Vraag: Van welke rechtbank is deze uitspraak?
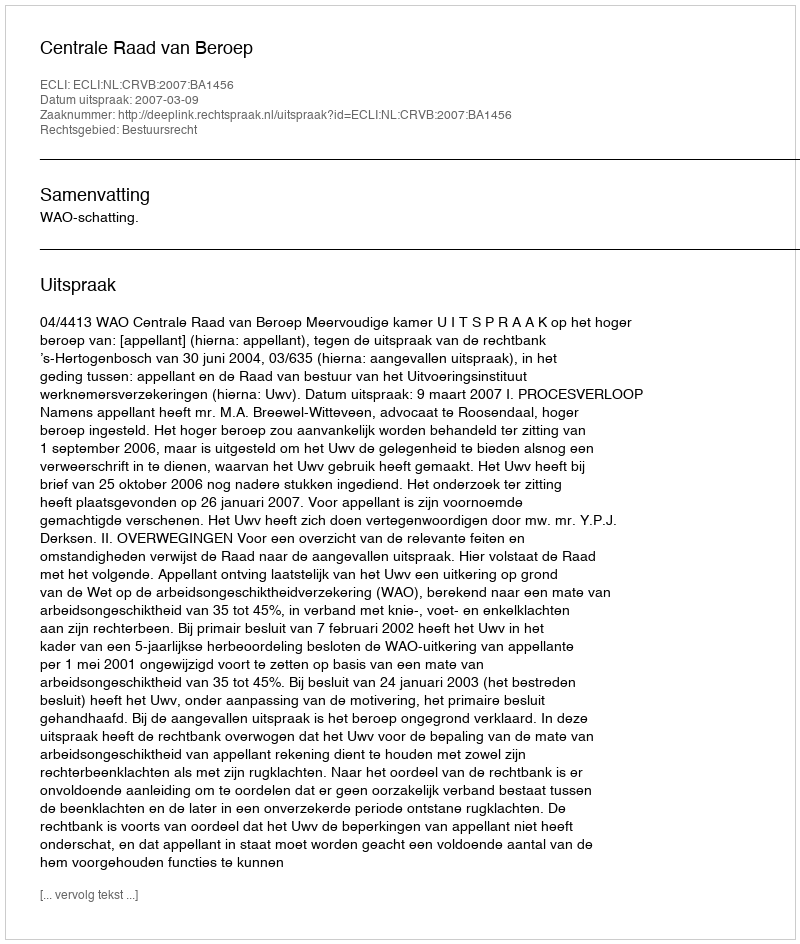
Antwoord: Centrale Raad van Beroep